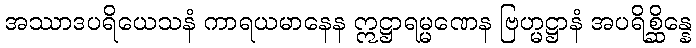
အဿာဒပရိယေသနံ ကာရယမာနေန ဣဋ္ဌာရမ္မဏေန ဗြဟ္မဋ္ဌာနံ အပရိစ္ဆိန္နေ